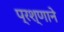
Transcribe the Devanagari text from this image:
प्रश्णाने